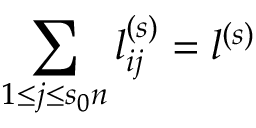
\sum _ { 1 \le j \le s _ { 0 } n } l _ { i j } ^ { ( s ) } = l ^ { ( s ) }